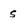
Character: 5